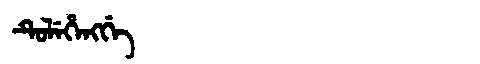
Manchu: ᡨᡠᠯᡝᡥᡝᠩᡤᡝ
Romanization: TULEHENGGE